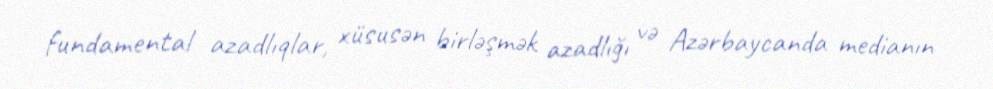
fundamental azadlıqlar, xüsusən birləşmək azadlığı və Azərbaycanda medianın